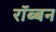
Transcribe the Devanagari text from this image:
रॉब्‍बन